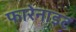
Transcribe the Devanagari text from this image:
फारेनाइट